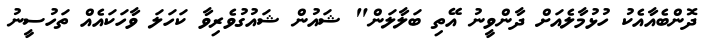
ދޮންބެއާއެކު ހުޅުމާލެއަށް ދާންވީނު އޭތި ބަލާލަން" ޝައުން ޝައުގުވެރިވާ ކަހަލަ ވާހަކައެއް ތަހުސީނު